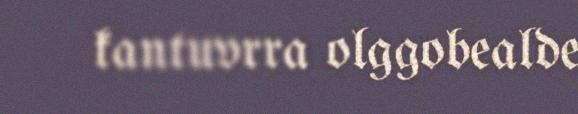
kantuvrra olggobealde